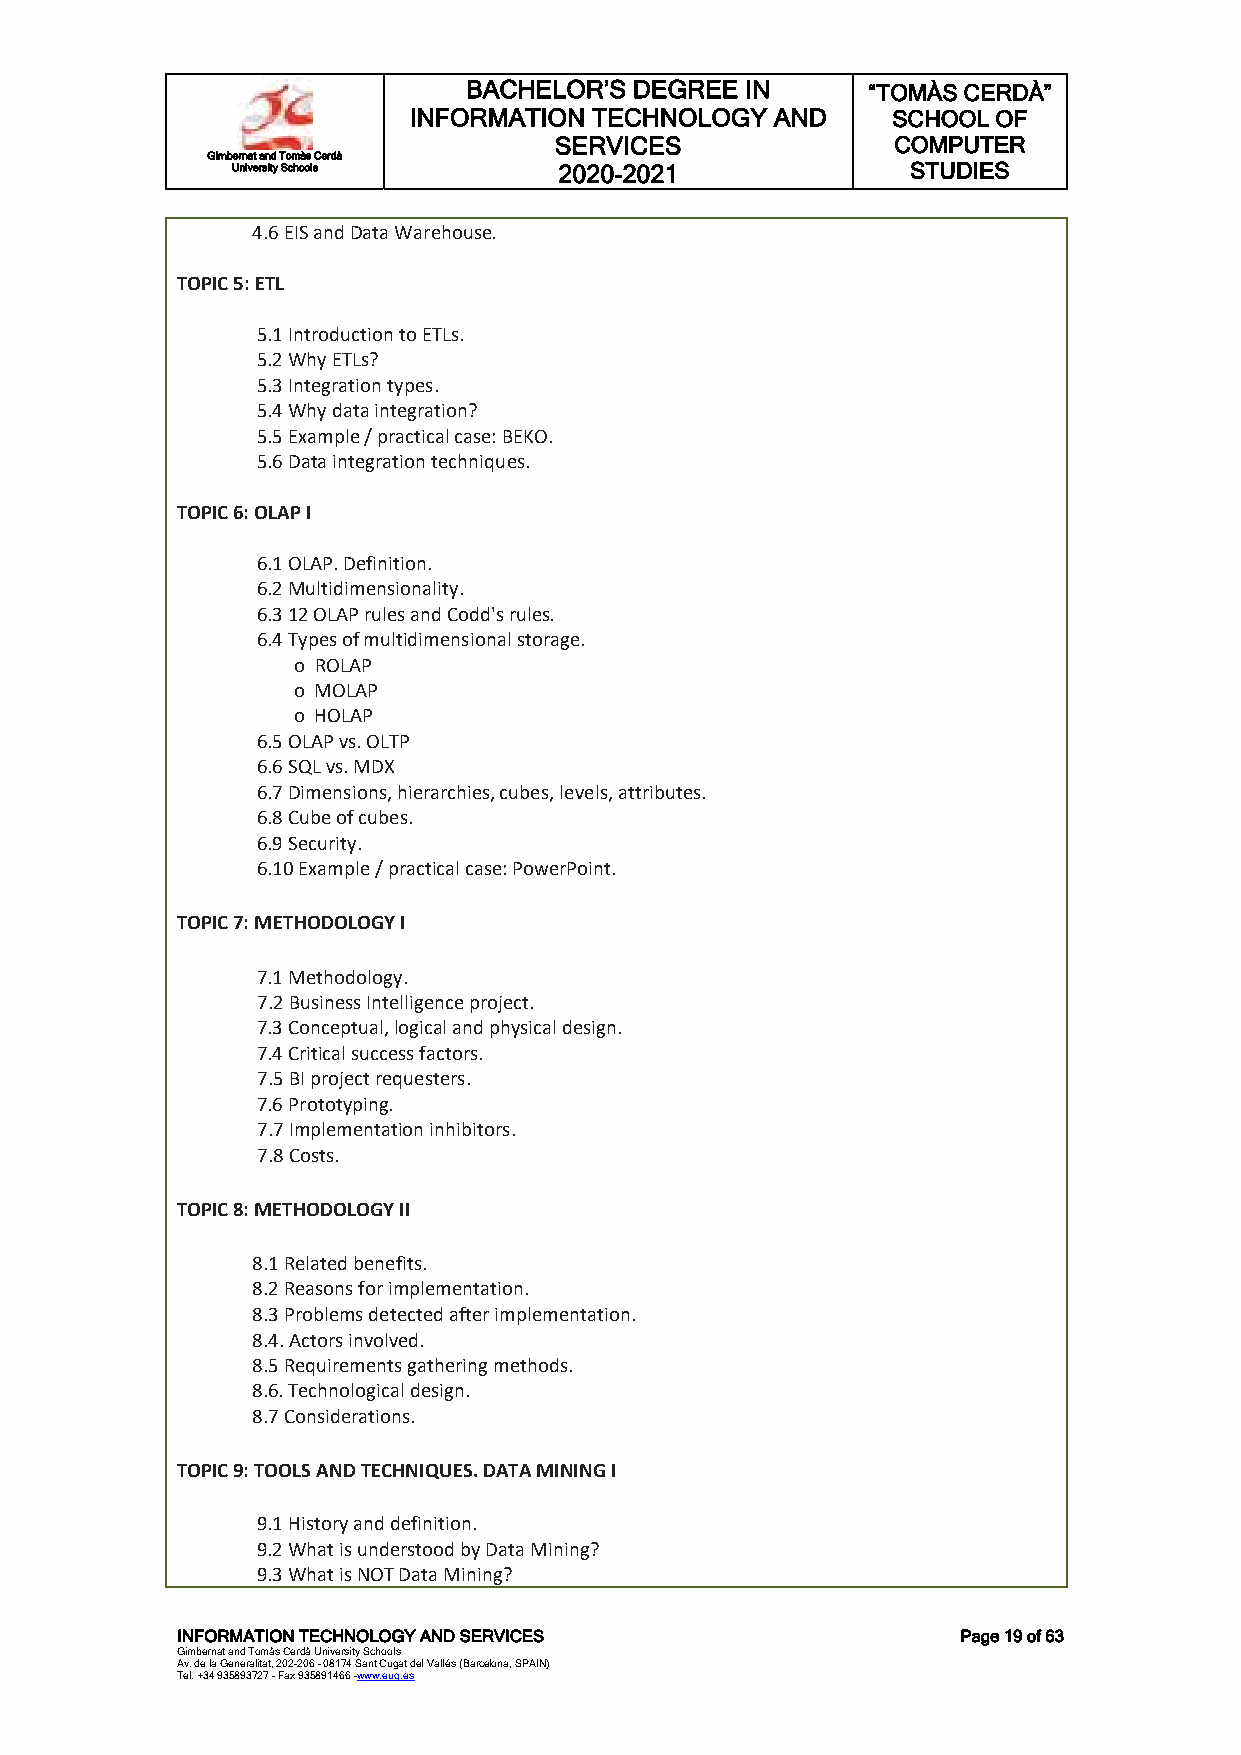
BACHELOR’S DEGREE IN      “TOMÀS CERDÀ”
 INFORMATION TECHNOLOGY  AND     SCHOOL OF
 SERVICES              COMPUTER
 Gimbernat and Tomàs Cerdà
 University Schools    2020-2021              STUDIES
 4.6 EIS and Data Warehouse.
 TOPIC 5: ETL
 5.1 Introduction to ETLs.
 5.2 Why ETLs?
 5.3 Integration types.
 5.4 Why data integration?
 5.5 Example / practical case: BEKO.
 5.6 Data integration techniques.
 TOPIC 6: OLAP I
 6.1 OLAP. Definition.
 6.2 Multidimensionality.
 6.3 12 OLAP rules and Codd's rules.
 6.4 Types of multidimensional storage.
 o ROLAP
 o MOLAP
 o HOLAP
 6.5 OLAP vs. OLTP
 6.6 SQL vs. MDX
 6.7 Dimensions, hierarchies, cubes, levels, attributes.
 6.8 Cube of cubes.
 6.9 Security.
 6.10 Example / practical case: PowerPoint.
 TOPIC 7: METHODOLOGY I
 7.1 Methodology.
 7.2 Business Intelligence project.
 7.3 Conceptual, logical and physical design.
 7.4 Critical success factors.
 7.5 BI project requesters.
 7.6 Prototyping.
 7.7 Implementation inhibitors.
 7.8 Costs.
 TOPIC 8: METHODOLOGY II
 8.1 Related benefits.
 8.2 Reasons for implementation.
 8.3 Problems detected after implementation.
 8.4. Actors involved.
 8.5 Requirements gathering methods.
 8.6. Technological design.
 8.7 Considerations.
 TOPIC 9: TOOLS AND TECHNIQUES. DATA MINING I
 9.1 History and definition.
 9.2 What is understood by Data Mining?
 9.3 What is NOT Data Mining?
 INFORMATION TECHNOLOGY AND SERVICES                 Page 19 of 63
 Gimbernat and Tomàs Cerdà University Schools
 Av. de la Generalitat, 202-206 - 08174 Sant Cugat del Vallés (Barcelona, SPAIN)
 Tel. +34 935893727 - Fax 935891466 -www.eug.es